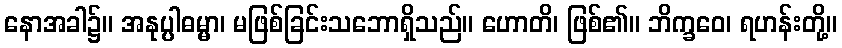
နောအခါ၌။ အနုပ္ပါဓမ္မာ၊ မဖြစ်ခြင်းသဘောရှိသည်။ ဟောတိ၊ ဖြစ်၏။ ဘိက္ခဝေ၊ ရဟန်းတို့။